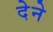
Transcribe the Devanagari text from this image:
देेने